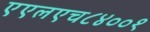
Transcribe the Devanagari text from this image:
एएलएच८४००१